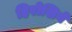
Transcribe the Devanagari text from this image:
हिरोशिगे